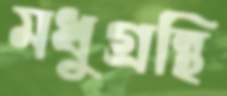
মধুগ্রন্থি